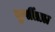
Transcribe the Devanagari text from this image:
खुर्पीताल